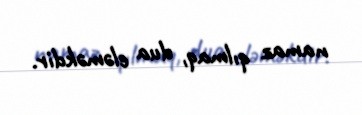
namaz qılmaq, dua eləməkdir.